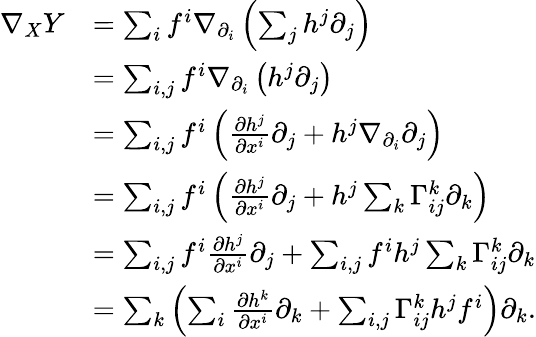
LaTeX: \begin{array}{rl}{\nabla_{X}Y}&{=\sum_{i}f^{i}\nabla_{\partial_{i}}\left(\sum_{j}h^{j}\partial_{j}\right)}\\ &{=\sum_{i,j}f^{i}\nabla_{\partial_{i}}\left(h^{j}\partial_{j}\right)}\\ &{=\sum_{i,j}f^{i}\left(\frac{\partial h^{j}}{\partial x^{i}}\partial_{j}+h^{j}\nabla_{\partial_{i}}\partial_{j}\right)}\\ &{=\sum_{i,j}f^{i}\left(\frac{\partial h^{j}}{\partial x^{i}}\partial_{j}+h^{j}\sum_{k}\Gamma_{ij}^{k}\partial_{k}\right)}\\ &{=\sum_{i,j}f^{i}\frac{\partial h^{j}}{\partial x^{i}}\partial_{j}+\sum_{i,j}f^{i}h^{j}\sum_{k}\Gamma_{ij}^{k}\partial_{k}}\\ &{=\sum_{k}\left(\sum_{i}\frac{\partial h^{k}}{\partial x^{i}}\partial_{k}+\sum_{i,j}\Gamma_{ij}^{k}h^{j}f^{i}\right)\partial_{k}.}\end{array}